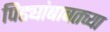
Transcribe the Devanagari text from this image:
पिढ्यांबाबतच्या